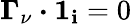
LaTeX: \boldsymbol{\Gamma}_{\nu}\boldsymbol{\cdot}\boldsymbol{1}_{\mathbf{i}}=0